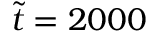
\tilde { t } = 2 0 0 0